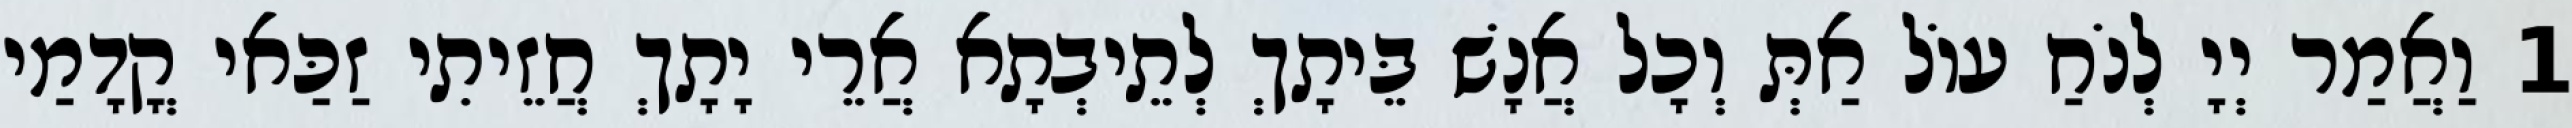
1 וַאֲמַר יְיָ לְנֹחַ עוֹל אַתְּ וְכָל אֲנָשׁ בֵּיתָךְ לְתֵיבְתָא אֲרֵי יָתָךְ חֲזֵיתִי זַכַּאי קֳדָמַי